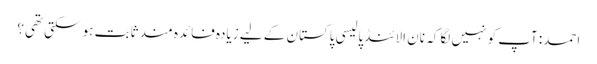
احمد: آپ کو نہیں لگا کہ نان الائنڈ پالیسی پاکستان کے لیے زیادہ فائدہ مند ثابت ہو سکتی تھی؟